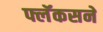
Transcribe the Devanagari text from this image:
फ्लॅकसने